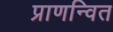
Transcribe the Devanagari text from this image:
प्राणन्वित